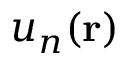
u _ { n } ( \mathbf { r } )